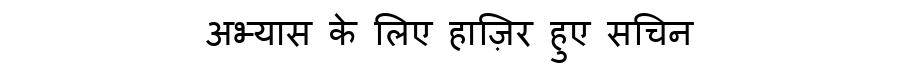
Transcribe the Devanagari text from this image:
अभ्यास के लिए हाज़िर हुए सचिन